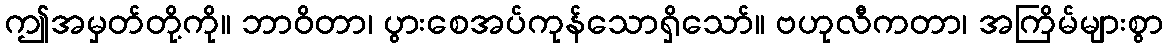
ဤအမှတ်တို့ကို။ ဘာဝိတာ၊ ပွားစေအပ်ကုန်သောရှိသော်။ ဗဟုလီကတာ၊ အကြိမ်များစွာ